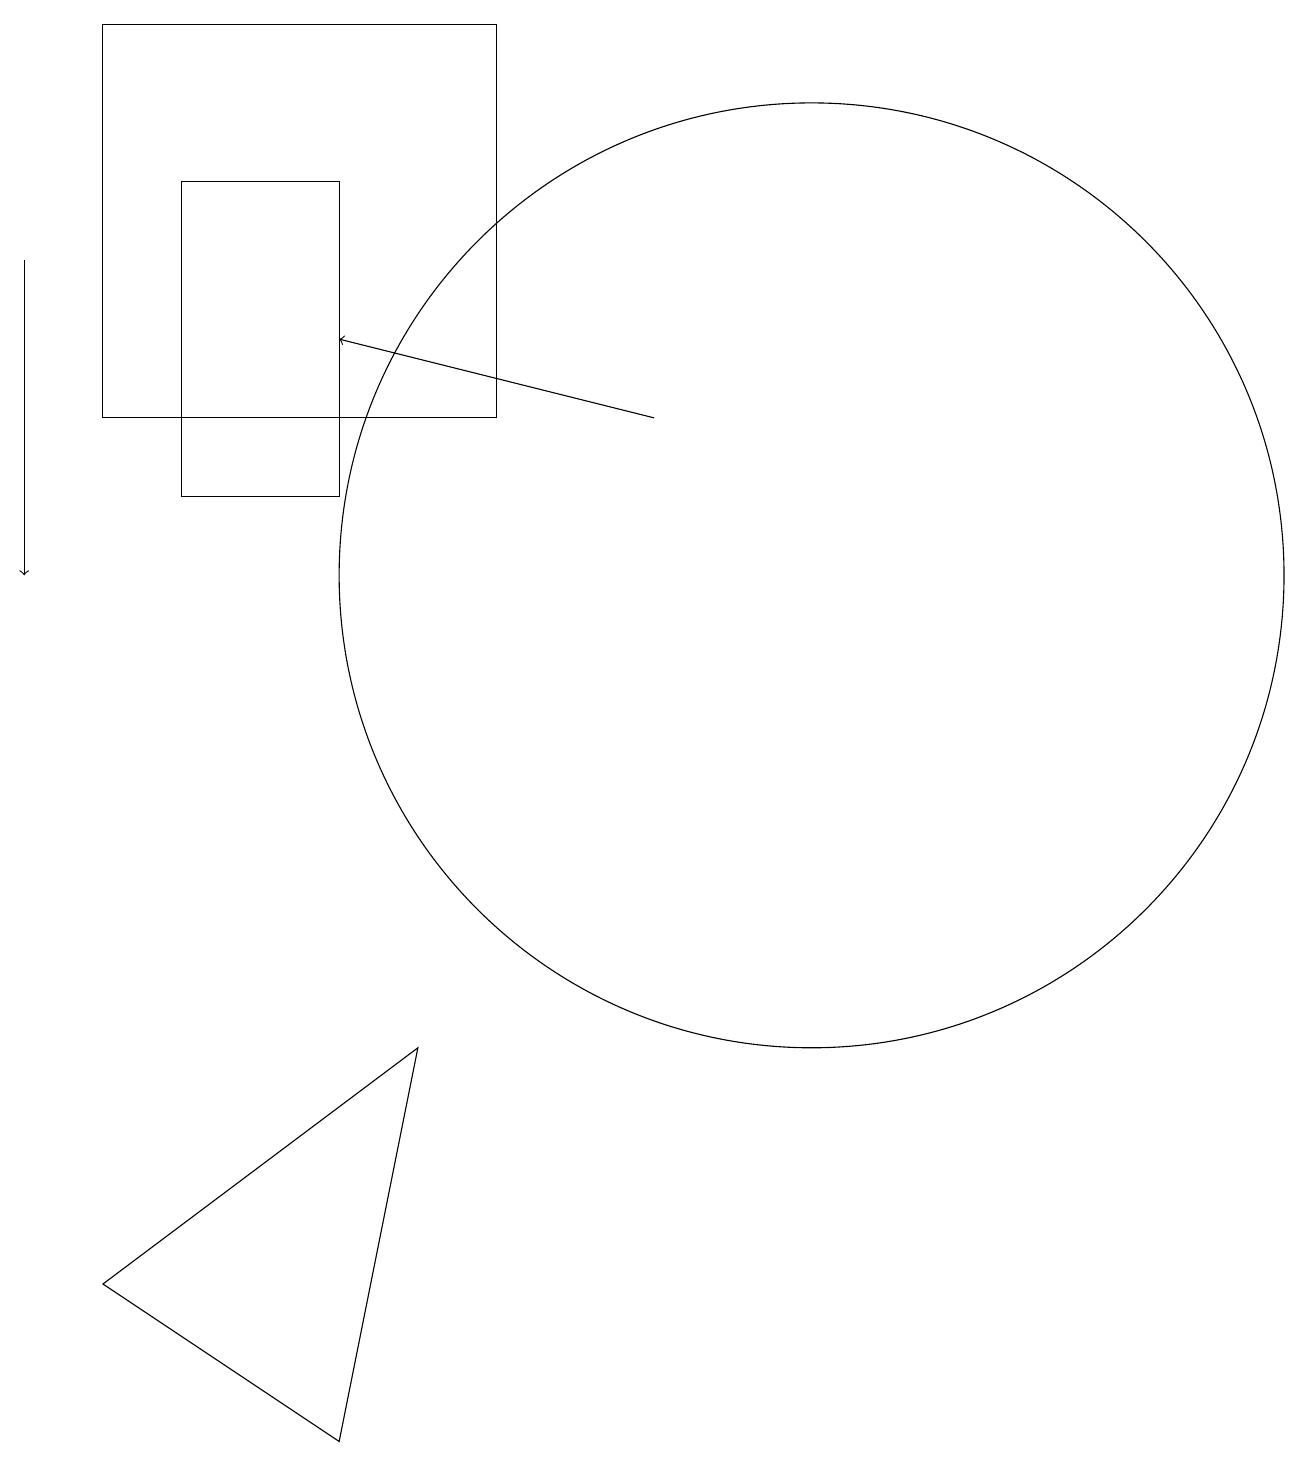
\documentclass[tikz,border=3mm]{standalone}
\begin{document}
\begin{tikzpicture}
\draw (5,12) rectangle (3,16);
\draw (2,13) rectangle (7,18);
\draw (5,0) -- (2,2) -- (6,5) -- cycle;
\draw[->] (9,13) -- (5,14);
\draw[->] (1,15) -- (1,11);
\draw (11,11) circle (6);
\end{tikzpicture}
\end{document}